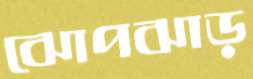
ঝোপঝাড়